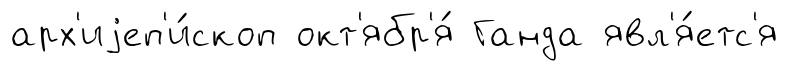
арх'иjеп'и́скоп окт'ябр'я́ Ганда явл'я́етс'я